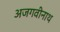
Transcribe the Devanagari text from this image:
अजगवीनाथ